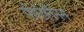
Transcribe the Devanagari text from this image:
पोरीलैनेन